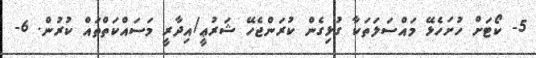
5- ކޯޓަށް ހުށަހެޅޭ މައްސަލަތަކާ ގުޅިގެން ކުރަންޖެހޭ ޝަރުޢީ/އިދާރީ މަސައްކަތްތައް ކުރުން. 6-